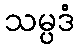
သမ္ပဒံ